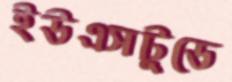
ইউএসটুডে